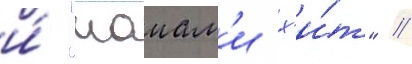
и́ "маиам'и х'и́т" //